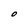
Character: O